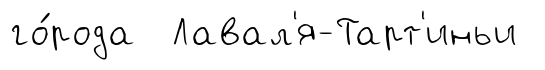
го́рода Лавал'я-Тарт'иньи